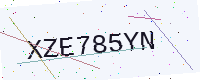
Text: XZE785YN